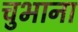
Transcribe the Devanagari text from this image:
चुभाना